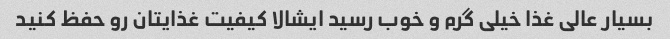
بسیار عالی غذا خیلی گرم و خوب رسید ایشالا کیفیت غذایتان رو حفظ کنید